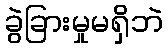
ခွဲခြားမှုမရှိဘဲ